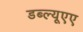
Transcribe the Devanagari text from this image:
डब्ल्यूएए